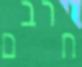
חרבם